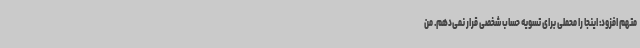
متهم افزود: اینجا را محملی برای تسویه حساب شخصی قرار نمی‌دهم. من